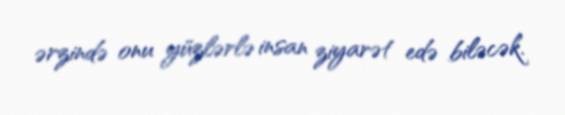
ərzində onu yüzlərlə insan ziyarət edə biləcək.